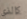
كالذي